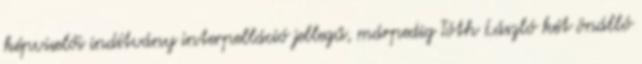
képviselői indítvány interpelláció jellegű, márpedig Tóth László két önálló